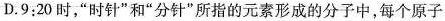
D.9:20时，”时针”和”分针”所指的元素形成的分子中，每个原子